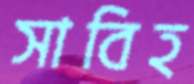
সাবিহ